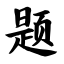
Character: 题